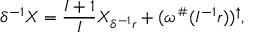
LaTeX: \delta ^ { - 1 } X = \frac { I + 1 } { I } X _ { \delta ^ { - 1 } r } + ( \omega ^ { \# } ( I ^ { - 1 } r ) ) ^ { \uparrow } ,